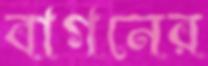
বাগনের